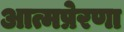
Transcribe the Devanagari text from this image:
आत्मप्रेरणा